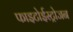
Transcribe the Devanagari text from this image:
फाइटोईस्ट्रोजन